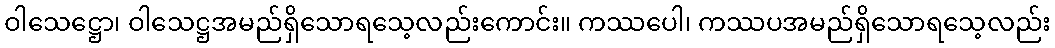
ဝါသေဋ္ဌော၊ ဝါသေဋ္ဌအမည်ရှိသောရသေ့လည်းကောင်း။ ကဿပေါ၊ ကဿပအမည်ရှိသောရသေ့လည်း